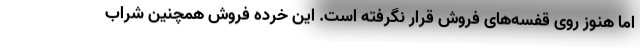
اما هنوز روی قفسه‌های فروش قرار نگرفته است. این خرده فروش همچنین شراب